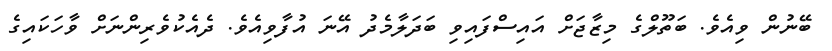
ބޭނުން ވިއެވެ. ބަތޫލްގެ މިޒާޖަށް އައިސްފައިވި ބަދަލާމެދު އޭނަ އުފާވިއެވެ. ދެއެކުވެރިންނަށް ވާހަކައިގެ